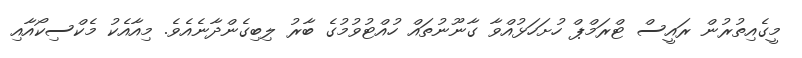
މީގެއިތުރުން ރައީސް ޓްރަމްޕް ހުށަހަޅުއްވާ ގާނޫނުތައް ހުއްޓުވުމުގެ ބާރު ލިބިގެންދާނެއެވެ. މިއާއެކު މެކްސިކޯއާއި